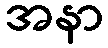
အနာ